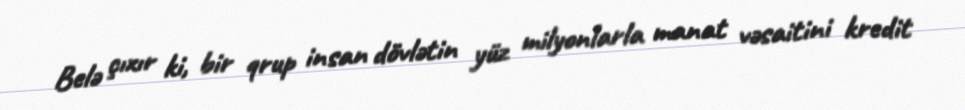
Belə çıxır ki, bir qrup insan dövlətin yüz milyonlarla manat vəsaitini kredit